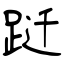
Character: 跹